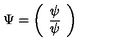
\Psi = \left( \begin{array} { c } { \psi } \\ { \overline { \psi } } \\ \end{array} \right)